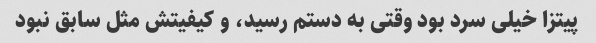
پیتزا خیلی سرد بود وقتی به دستم رسید، و کیفیتش مثل سابق نبود